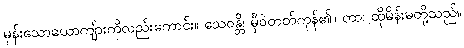
မုန်းသောယောကျ်ားကိုလည်းကောင်း။ သေဝန္တိ၊ မှီဝဲတတ်ကုန်၏။ တာ၊ ထိုမိန်းမတို့သည်။